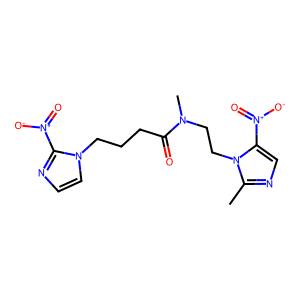
SMILES: Cc1ncc([N+](=O)[O-])n1CCN(C)C(=O)CCCn1ccnc1[N+](=O)[O-]
Inhibits HIV replication: No